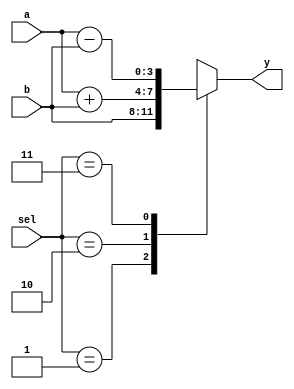
`timescale 1ns/1ns

/* (1)
	
	
 */

module alu(a, b, sel, y);
	input  [3:0] a, b;
	input  [1:0] sel;
	output [3:0] y;
	reg    [3:0] y;

	always@(a or b or sel) begin
		case(sel)
			2'b01:   y <= b;
			2'b10:   y <= a + b;
			2'b11:   y <= a - b;
			default: y <= 4'bxxxx;
		endcase
	end
endmodule